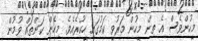
މީހުންވެސް އެ ތިން މީހުން މަރުވީ ކަމުގައި ހީކުރެއެވެ. މިހެން ކަންތައް ވުމުން